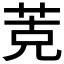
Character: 𰱁